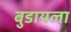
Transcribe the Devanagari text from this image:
बुडायला